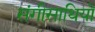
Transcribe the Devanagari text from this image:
संगीसाथियों